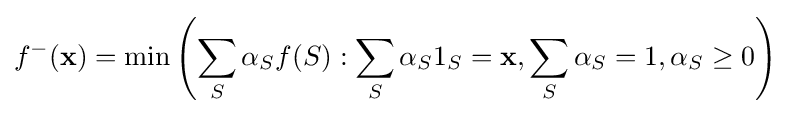
f^{-}(\mathbf {x} )=\min \left(\sum _{S}\alpha _{S}f(S):\sum _{S}\alpha _{S}1_{S}=\mathbf {x} ,\sum _{S}\alpha _{S}=1,\alpha _{S}\geq 0\right)